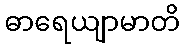
ဓာရေယျာမာတိ